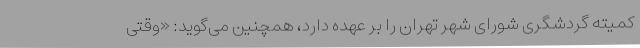
کمیته گردشگری شورای شهر تهران را بر عهده دارد، همچنین می‌گوید: «وقتی